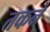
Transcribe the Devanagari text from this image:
तकने